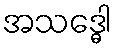
အသဒ္ဓေါ